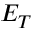
E _ { T }